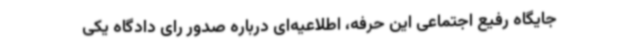
جایگاه رفیع اجتماعی این حرفه، اطلاعیه‌ای درباره صدور رای دادگاه یکی